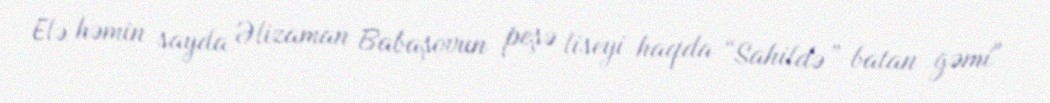
Elə həmin sayda Əlizaman Babaşovun peşə liseyi haqda “Sahildə” batan gəmi"